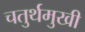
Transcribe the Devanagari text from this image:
चतुर्थमुखी